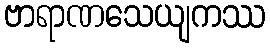
ဗာရာဏသေယျကဿ